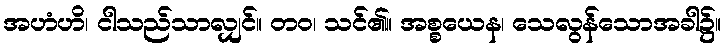
အဟံဟိ၊ ငါသည်သာလျှင်။ တဝ၊ သင်၏။ အစ္စယေန၊ သေလွန်သောအခါ၌။